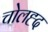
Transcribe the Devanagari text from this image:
चोलह्द